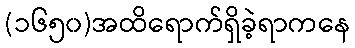
(၁၆၅၀)အထိရောက်ရှိခဲ့ရာကနေ